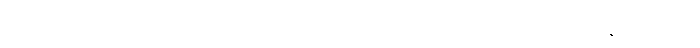
ရေခဲပြင်ဆိုတာ ကမ္ဘာပေါ်မှာ သဘာဝအတိုင်း အလင်းပြန်ဆုံး အရာဝတ္ထုဖြစ်ပြီး နေရောင်ခြည်